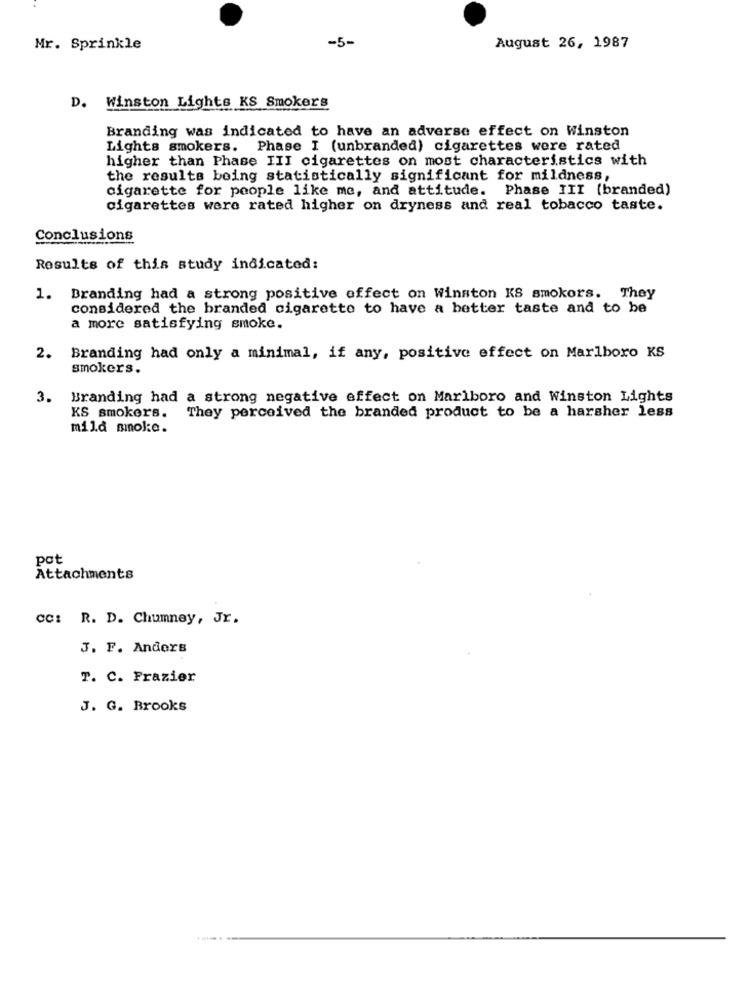
Mr. Sprinkle
-5-
August 26, 1987
D. Winston Lights KS Smokers
Branding was indicated to have an adverse effect on Winston
Lights smokers. Phase I (unbranded) cigarettes were rated
higher than Phase III cigarettes on most characteristics with
the results being statistically significant for mildness,
cigarette for people like me, and attitude. Phase III (branded)
cigarettes were rated higher on dryness and real tobacco taste.
Conclusions
Results of this study indicated:
1. Branding had a strong positive effect on Winston KS smokors. They
considered the branded cigarette to have a better taste and to be
a more satisfying smoke.
2.
Branding had only a minimal, if any, positive effect on Marlboro KS
smokers.
3.
Branding had a strong negative effect on Marlboro and Winston Lights
KS smokers.
They perceived the branded product to be a harsher less
mild smoke.
pot
Attachments
CC: R. D. Chumney, Jr.
J. F. Anders
T. C. Frazier
J. G. Brooks